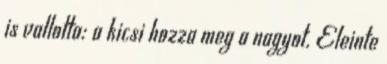
is vallotta: a kicsi hozza meg a nagyot. Eleinte